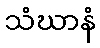
သံဃာနံ